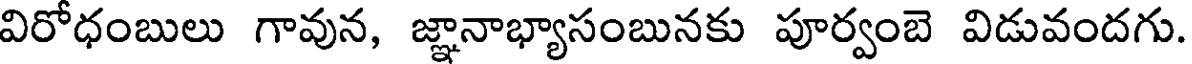
విరోధంబులు గావున, జ్ఞానాభ్యాసంబునకు పూర్వంబె విడువందగు.